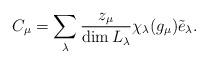
LaTeX: \begin{align*} C_\mu = \sum_{\lambda} \frac{z_{\mu}}{\dim L_\lambda} \chi_\lambda(g_\mu) \tilde{e}_\lambda. \end{align*}